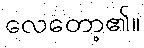
လေတော့၏။